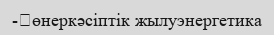
-	өнеркәсіптік жылуэнергетика